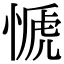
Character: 㥴